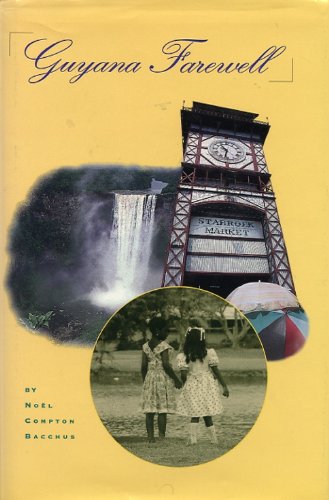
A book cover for Guyana Farewell: A Recollection of Childhood in a Faraway Place; Noel C. Bacchus; Travel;